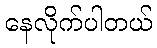
နေလိုက်ပါတယ်